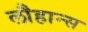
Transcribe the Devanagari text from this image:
लौहान्स